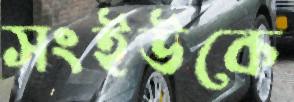
সংইউকে